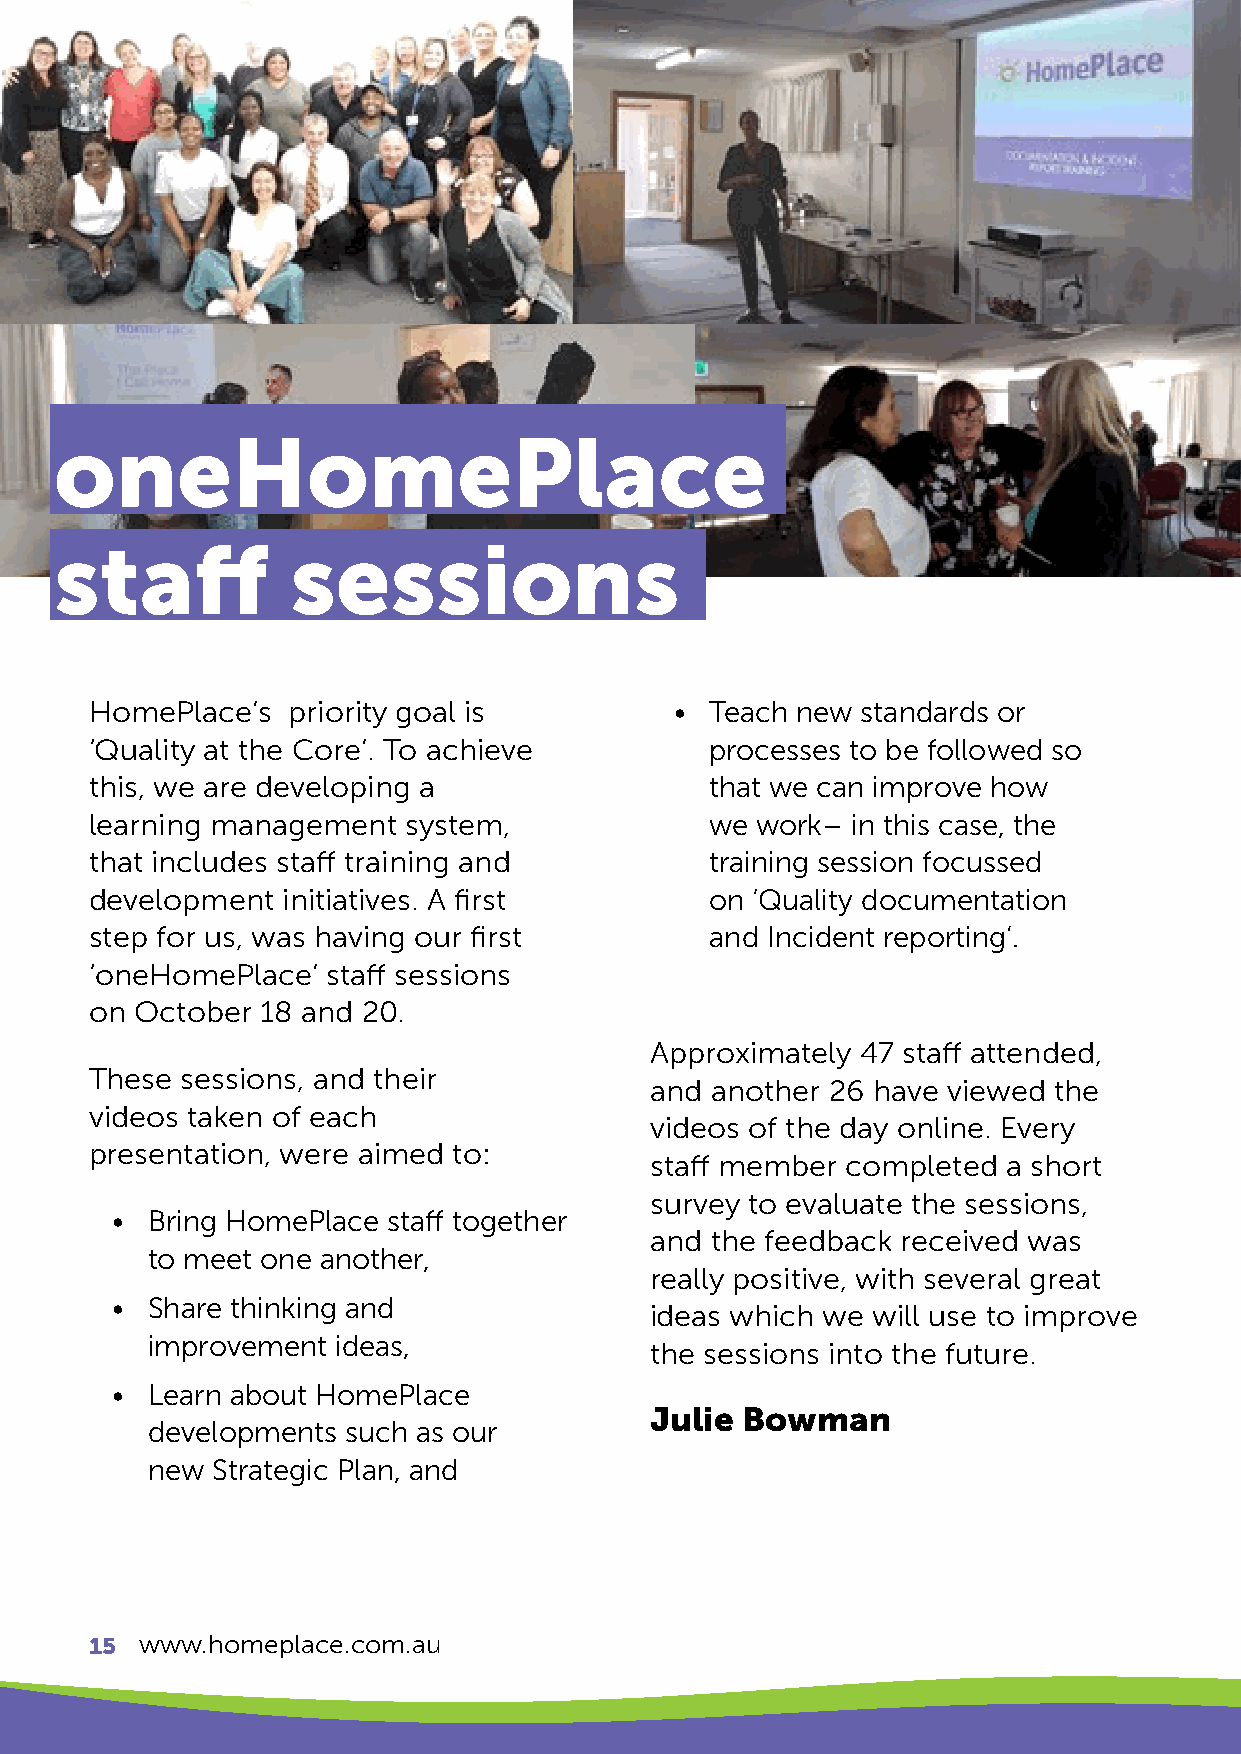
oneHomePlace
 staff          sessions
 HomePlace’s  priority goal is          • Teach new standards or
 ‘Quality at the Core’. To achieve        processes to be followed so
 this, we are developing a                that we can improve how
 learning management  system,             we work– in this case, the
 that includes staff training and         training session focussed
 development  initiatives. A first        on ‘Quality documentation
 step for us, was having our first        and Incident reporting’.
 ‘oneHomePlace’  staff sessions
 on October 18 and 20.
 Approximately 47 staff attended,
 These sessions, and their
 and another 26 have viewed the
 videos taken of each
 videos of the day online. Every
 presentation, were aimed to:
 staff member completed  a short
 survey to evaluate the sessions,
 •  Bring HomePlace staff together
 and the feedback received was
 to meet one another,
 really positive, with several great
 •  Share thinking and
 ideas which we will use to improve
 improvement ideas,
 the sessions into the future.
 •  Learn about HomePlace
 Julie Bowman
 developments such as our
 new Strategic Plan, and
 15 www.homeplace.com.au